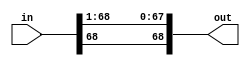
module umultiplier_shifter(in, out);
     input   [68:0] in;
     output  [68:0] out;


     //genvar i;

     //generate
     //for (i = 0; i < 64; i=i+1)
     //begin
     //   assign out[i] = in[i+1];
     //end
     //endgenerate

     assign out[67:0] = in[68:1];

     assign out[68] = in[68];
endmodule